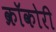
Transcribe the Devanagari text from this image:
क्रॉकोरी